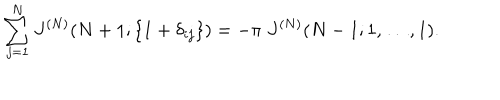
LaTeX: \sum _ { j = 1 } ^ { N } J ^ { ( N ) } ( N + 1 ; \{ 1 + \delta _ { i j } \} ) = - \pi \; J ^ { ( N ) } ( N - 1 ; 1 , \ldots , 1 ) .